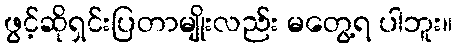
ဖွင့်ဆိုရှင်းပြတာမျိုးလည်း မတွေ့ရ ပါဘူး။